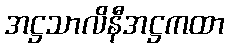
အဋ္ဌသာလိနီအဋ္ဌကထာ